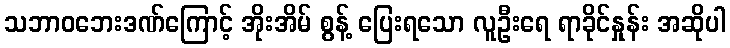
သဘာဝဘေးဒဏ်ကြောင့် အိုးအိမ် စွန့် ပြေးရသော လူဦးရေ ရာခိုင်နှုန်း အဆိုပါ